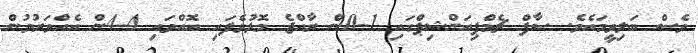
ވެސް ބަލިވީމައެވެ. ސާފް ޗެމްޕިއަންޝިޕްގައި 1-0ން ރާއްޖެ މޮޅުވެފައި އޮއްވައި 4-4ން އެއްވަރުވުން